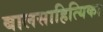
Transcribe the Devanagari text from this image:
बालसाहित्यिका